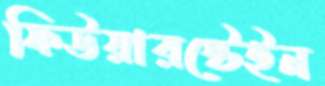
ফিউয়ারস্টেইন